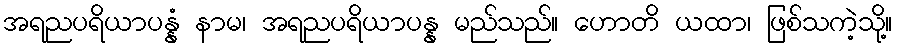
အရညပရိယာပန္နံ နာမ၊ အရညပရိယာပန္န မည်သည်။ ဟောတိ ယထာ၊ ဖြစ်သကဲ့သို့။